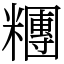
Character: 糰